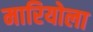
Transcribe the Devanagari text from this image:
मारियोला